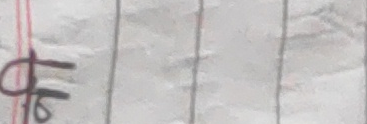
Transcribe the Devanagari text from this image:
१६